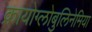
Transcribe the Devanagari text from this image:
क्रायोग्लोबुलिनेमिया